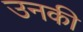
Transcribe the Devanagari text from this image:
उनकी